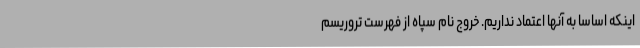
اینکه اساسا به آنها اعتماد نداریم. خروج نام سپاه از فهرست تروریسم